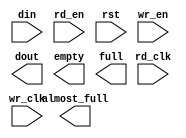
module txfifo_512x72_to_9(
	din,
	rd_clk,
	rd_en,
	rst,
	wr_clk,
	wr_en,
	almost_full,
	dout,
	empty,
	full);


input [71 : 0] din;
input rd_clk;
input rd_en;
input rst;
input wr_clk;
input wr_en;
output almost_full;
output [8 : 0] dout;
output empty;
output full;

// synthesis translate_off

      FIFO_GENERATOR_V4_2 #(
		.C_COMMON_CLOCK(0),
		.C_COUNT_TYPE(0),
		.C_DATA_COUNT_WIDTH(9),
		.C_DEFAULT_VALUE("BlankString"),
		.C_DIN_WIDTH(72),
		.C_DOUT_RST_VAL("0"),
		.C_DOUT_WIDTH(9),
		.C_ENABLE_RLOCS(0),
		.C_FAMILY("virtex2p"),
		.C_FULL_FLAGS_RST_VAL(1),
		.C_HAS_ALMOST_EMPTY(0),
		.C_HAS_ALMOST_FULL(1),
		.C_HAS_BACKUP(0),
		.C_HAS_DATA_COUNT(0),
		.C_HAS_INT_CLK(0),
		.C_HAS_MEMINIT_FILE(0),
		.C_HAS_OVERFLOW(0),
		.C_HAS_RD_DATA_COUNT(0),
		.C_HAS_RD_RST(0),
		.C_HAS_RST(1),
		.C_HAS_SRST(0),
		.C_HAS_UNDERFLOW(0),
		.C_HAS_VALID(0),
		.C_HAS_WR_ACK(0),
		.C_HAS_WR_DATA_COUNT(0),
		.C_HAS_WR_RST(0),
		.C_IMPLEMENTATION_TYPE(2),
		.C_INIT_WR_PNTR_VAL(0),
		.C_MEMORY_TYPE(1),
		.C_MIF_FILE_NAME("BlankString"),
		.C_OPTIMIZATION_MODE(0),
		.C_OVERFLOW_LOW(0),
		.C_PRELOAD_LATENCY(1),
		.C_PRELOAD_REGS(0),
		.C_PRIM_FIFO_TYPE("512x72"),
		.C_PROG_EMPTY_THRESH_ASSERT_VAL(9),
		.C_PROG_EMPTY_THRESH_NEGATE_VAL(10),
		.C_PROG_EMPTY_TYPE(0),
		.C_PROG_FULL_THRESH_ASSERT_VAL(509),
		.C_PROG_FULL_THRESH_NEGATE_VAL(508),
		.C_PROG_FULL_TYPE(0),
		.C_RD_DATA_COUNT_WIDTH(9),
		.C_RD_DEPTH(4096),
		.C_RD_FREQ(100),
		.C_RD_PNTR_WIDTH(12),
		.C_UNDERFLOW_LOW(0),
		.C_USE_DOUT_RST(1),
		.C_USE_ECC(0),
		.C_USE_EMBEDDED_REG(0),
		.C_USE_FIFO16_FLAGS(0),
		.C_USE_FWFT_DATA_COUNT(0),
		.C_VALID_LOW(0),
		.C_WR_ACK_LOW(0),
		.C_WR_DATA_COUNT_WIDTH(9),
		.C_WR_DEPTH(512),
		.C_WR_FREQ(100),
		.C_WR_PNTR_WIDTH(9),
		.C_WR_RESPONSE_LATENCY(1))
	inst (
		.DIN(din),
		.RD_CLK(rd_clk),
		.RD_EN(rd_en),
		.RST(rst),
		.WR_CLK(wr_clk),
		.WR_EN(wr_en),
		.ALMOST_FULL(almost_full),
		.DOUT(dout),
		.EMPTY(empty),
		.FULL(full),
		.CLK(),
		.INT_CLK(),
		.BACKUP(),
		.BACKUP_MARKER(),
		.PROG_EMPTY_THRESH(),
		.PROG_EMPTY_THRESH_ASSERT(),
		.PROG_EMPTY_THRESH_NEGATE(),
		.PROG_FULL_THRESH(),
		.PROG_FULL_THRESH_ASSERT(),
		.PROG_FULL_THRESH_NEGATE(),
		.RD_RST(),
		.SRST(),
		.WR_RST(),
		.ALMOST_EMPTY(),
		.DATA_COUNT(),
		.OVERFLOW(),
		.PROG_EMPTY(),
		.PROG_FULL(),
		.VALID(),
		.RD_DATA_COUNT(),
		.UNDERFLOW(),
		.WR_ACK(),
		.WR_DATA_COUNT(),
		.SBITERR(),
		.DBITERR());


// synthesis translate_on

endmodule